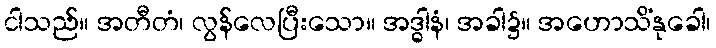
ငါသည်။ အတီတံ၊ လွန်လေပြီးသော။ အဒ္ဓါနံ၊ အခါ၌။ အဟောသိံနုခေါ၊